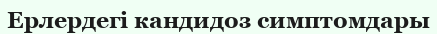
Ерлердегі кандидоз симптомдары